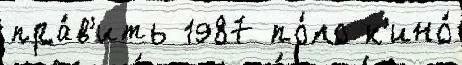
пра́в'ить 1987 по́ло к'ино́